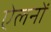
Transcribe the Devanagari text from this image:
ऐलनों